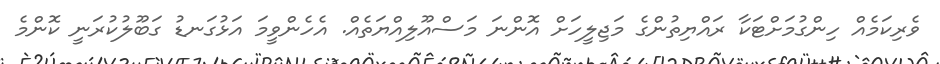
ވެރިކަމެއް ހިންގުމަށްޓަކާ ރައްޔިތުންގެ މަޖިލީހަށް އޮންނަ މަސްއޫލިއްޔަތެއް. އެހެންވީމަ އަޅުގަނޑު ގަބޫލުކުރަނީ ކޮންމެ